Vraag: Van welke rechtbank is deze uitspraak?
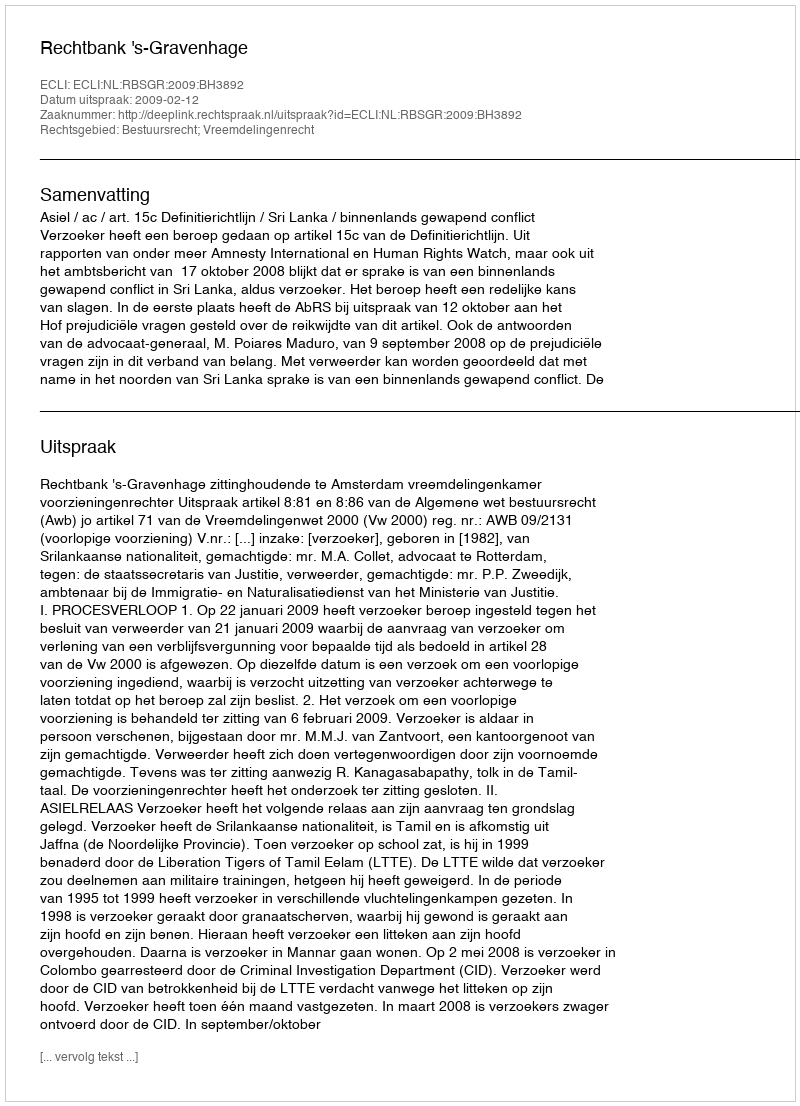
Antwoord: Rechtbank 's-Gravenhage